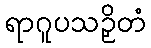
ရာဂူပသဉှိတံ